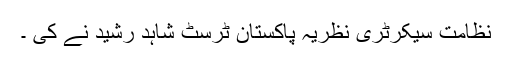
نظامت سیکرٹری نظریۂ پاکستان ٹرسٹ شاہد رشید نے کی ۔